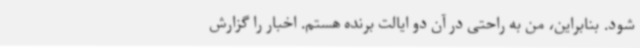
شود. بنابراین، من به راحتی در آن دو ایالت برنده هستم. اخبار را گزارش